Alma_Vaarman, lk 39
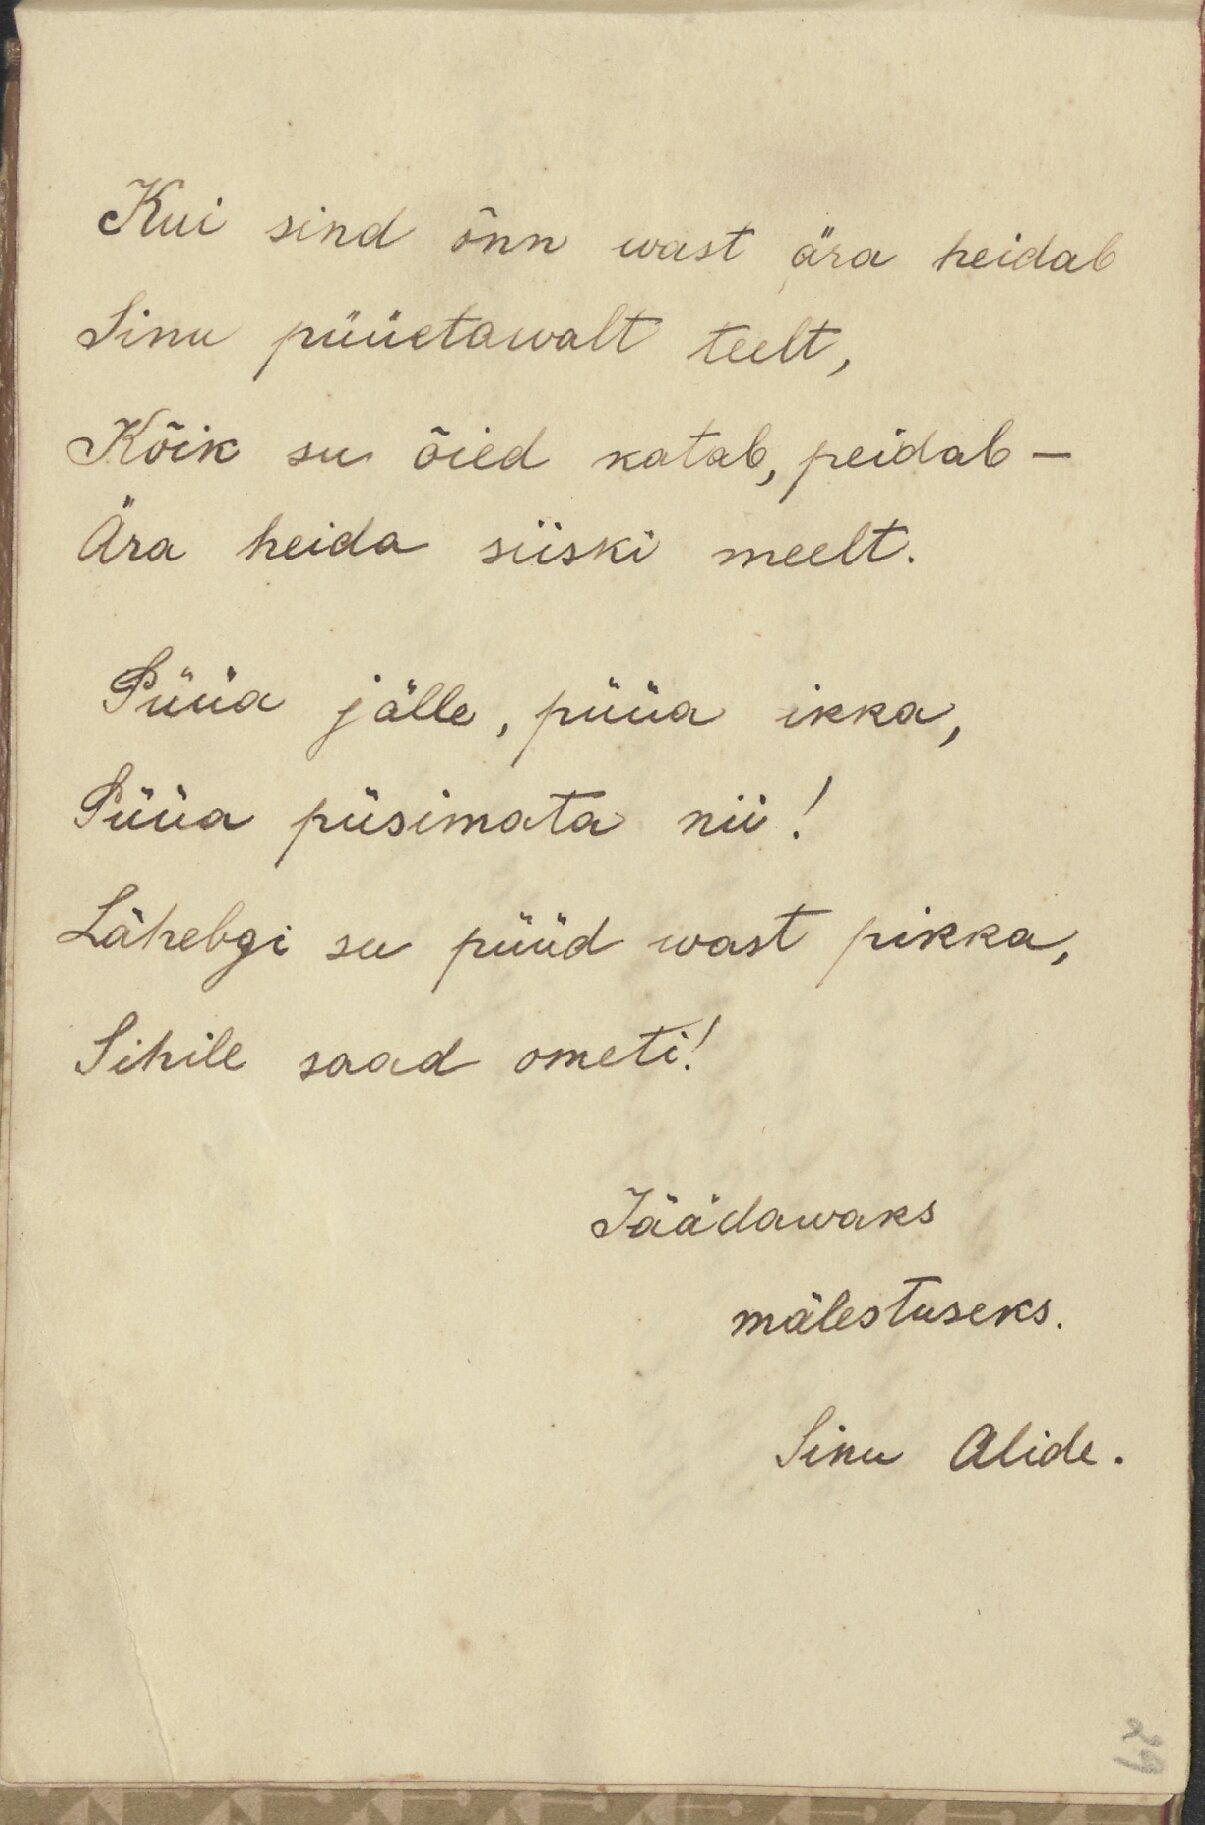
Kui sind õnn wast ära heidab
Sinu püüetawalt teelt,
Kõik su õied katab, peidab
Ära heida siiski meelt.
Püüa jälle, püüa ikka,
Püüa püsimata nii!
Lähebgi see püüd wast pikka,
Sihile saad ometi!
Jäädawaks
mälestuseks.
Sinu Alide.

29